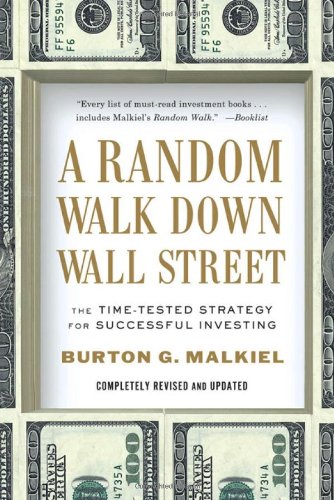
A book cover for A Random Walk Down Wall Street: The Time-Tested Strategy for Successful Investing (Tenth Edition); Burton G. Malkiel; Business & Money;